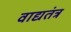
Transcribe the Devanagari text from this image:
वाद्यतंत्र